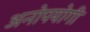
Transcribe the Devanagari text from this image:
अनोपयोगी